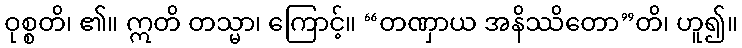
ဝုစ္စတိ၊ ၏။ ဣတိ တသ္မာ၊ ကြောင့်။ “တဏှာယ အနိဿိတော”တိ၊ ဟူ၍။